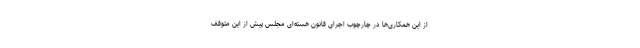
از این همکاری‌ها در چارچوب اجرای قانون هسته‌ای مجلس پیش از این متوقف